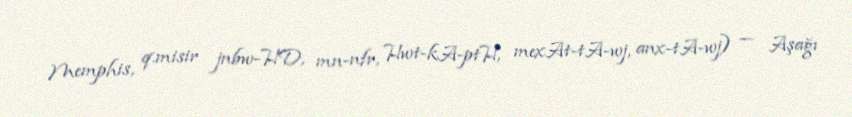
Memphis, q.misir jnbw-HD, mn-nfr, Hwt-kA-ptH, mexAt-tA-wj, anx-tA-wj) — Aşağı